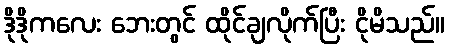
ဒိုဒိုကလေး ဘေးတွင် ထိုင်ချလိုက်ပြီး ငိုမိသည်။